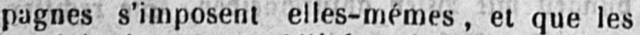
pagnes s’imposent elles-mêmes, et que les